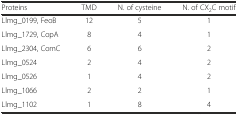
| Proteins | TMD | N. of cysteine | N. of CX2C motif |
 | --- | --- | --- | --- |
 | Llmg_0199, FeoB | 12 | 5 | 1 |
 | Llmg_1729, CopA | 8 | 4 | 1 |
 | Llmg_2304, ComC | 6 | 6 | 2 |
 | Llmg_0524 | 2 | 4 | 2 |
 | Llmg_0526 | 1 | 4 | 2 |
 | Llmg_1066 | 2 | 2 | 1 |
 | Llmg_1102 | 1 | 8 | 4 |